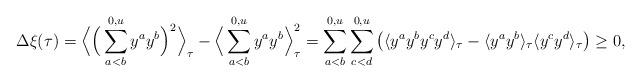
LaTeX: \begin{align*} \Delta \xi(\tau)&= \Big\langle \Big(\sum_{a<b}^{0,u} y^a y^b\Big)^2\Big\rangle_\tau-\Big\langle\sum_{a<b}^{0,u} y^a y^b\Big\rangle_\tau^2=\sum_{a<b}^{0,u}\sum_{c<d}^{0,u}\big(\langle y^a y^b y^cy^d\rangle_\tau-\langle y^a y^b\rangle_\tau \langle y^cy^d\rangle_\tau\big)\ge 0,\end{align*}